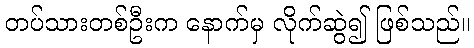
တပ်သားတစ်ဦးက နောက်မှ လိုက်ဆွဲ၍ ဖြစ်သည်။